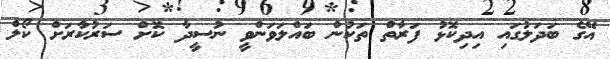
އޭގެ ބަދަލުގައި އިދިކޮޅު ފަރާތް ތަކުން ބައްލަވަންވީ ނުސީދާ ކޮށް ސަރުކާރަށް ކޯލް